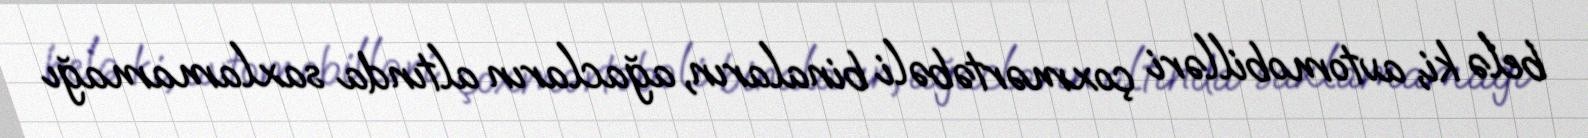
belə ki, avtomobilləri çoxmərtəbəli binaların, ağacların altında saxlamamağı